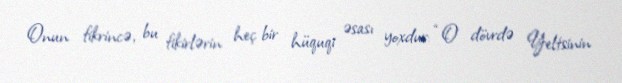
Onun fikrincə, bu fikirlərin heç bir hüquqi əsası yoxdur: “O dövrdə Yeltsinin